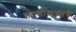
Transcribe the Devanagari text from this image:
संपत्तीबाबतचे